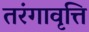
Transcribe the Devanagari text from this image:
तरंगावृत्ति